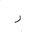
Letter: _ra